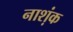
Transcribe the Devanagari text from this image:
नाश्‍ाक